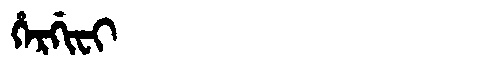
Manchu: ᡥᡝᡵᡤᡳᠸᡳ
Romanization: HERGIFI